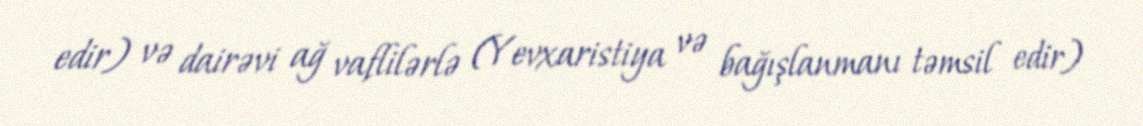
edir) və dairəvi ağ vaflilərlə (Yevxaristiya və bağışlanmanı təmsil edir)